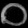
Digit: ၀